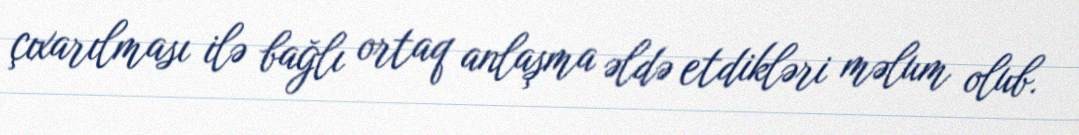
çıxarılması ilə bağlı ortaq anlaşma əldə etdikləri məlum olub.